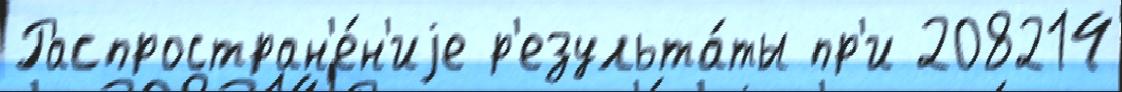
Распростран'е́н'иjе р'езульта́ты пр'и 208214